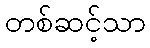
တစ်ဆင့်သာ